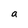
Character: a